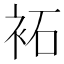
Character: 袥